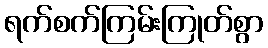
ရက်စက်ကြမ်းကြုတ်စွာ